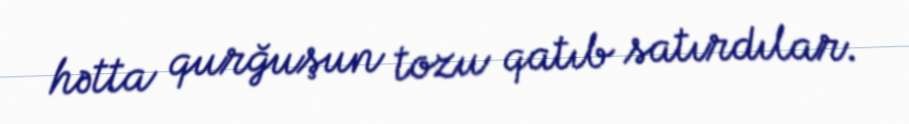
hətta qurğuşun tozu qatıb satırdılar.